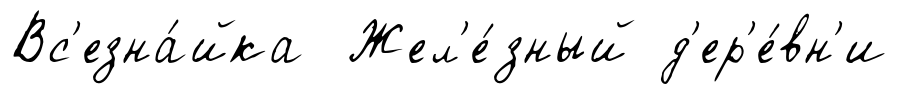
Вс'езна́йка Жел'е́зный д'ер'е́вн'и